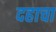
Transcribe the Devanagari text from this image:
दहाचा